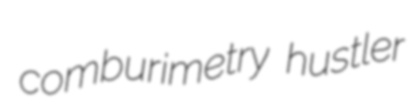
comburimetry hustler